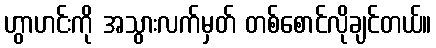
ဟွာဟင်းကို အသွားလက်မှတ် တစ်စောင်လိုချင်တယ်။